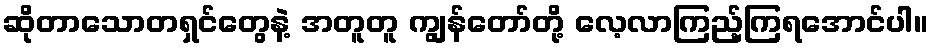
ဆိုတာသောတရှင်တွေနဲ့ အတူတူ ကျွန်တော်တို့ လေ့လာကြည့်ကြရအောင်ပါ။